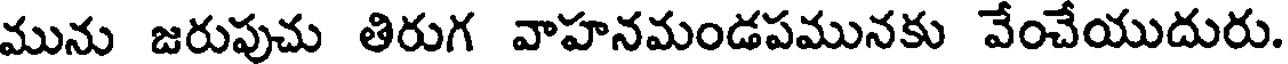
మును జరుపుచు తిరుగ వాహనమండపమునకు వేంచేయుదురు.